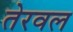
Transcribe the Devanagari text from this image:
तेरवल